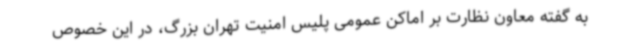
به گفته معاون نظارت بر اماکن عمومی پلیس امنیت تهران بزرگ، در این خصوص